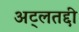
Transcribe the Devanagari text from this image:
अट्लतद्दी